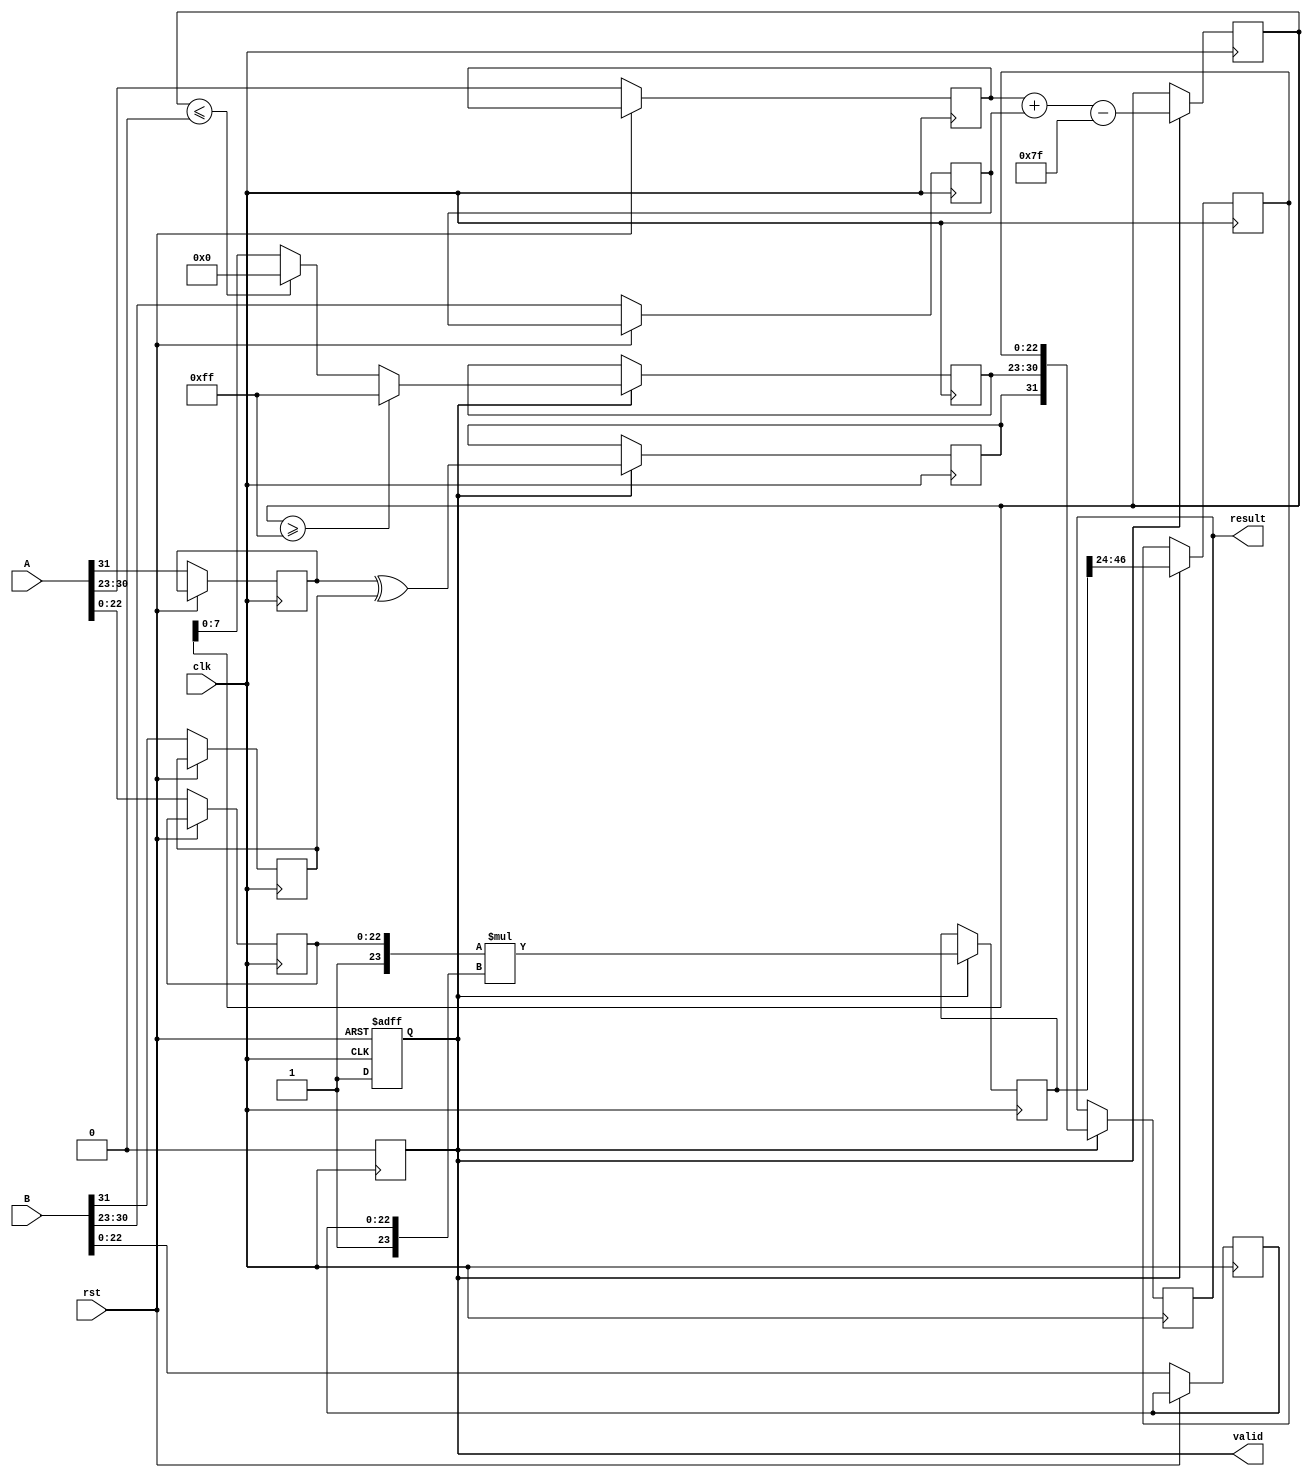
module FP_Multiplier (
    input wire clk,
    input wire rst,
    input wire [31:0] A, // IEEE 754 single-precision floating-point
    input wire [31:0] B, // IEEE 754 single-precision floating-point
    output reg [31:0] result, // IEEE 754 single-precision floating-point result
    output reg valid // Output valid signal
);

    // Pipeline registers
    reg sign_a, sign_b, sign_result;
    reg [7:0] exp_a, exp_b, exp_result;
    reg [22:0] mant_a, mant_b, mant_result;
    reg [47:0] mant_product;
    reg [8:0] exp_sum; // 9 bits to accommodate overflow

    // Constants
    localparam BIAS = 8'd127;
    localparam EXP_MAX = 8'd255;
    
    // Stage 1: Input Capture
    always @(posedge clk or posedge rst) begin
        if (rst) begin
            valid <= 0;
        end else begin
            sign_a <= A[31];
            sign_b <= B[31];
            exp_a <= A[30:23];
            exp_b <= B[30:23];
            mant_a <= A[22:0];
            mant_b <= B[22:0];
            valid <= 1; // Signal that inputs are valid
        end
    end

    // Stage 2: Sign Calculation
    always @(posedge clk) begin
        if (valid) begin
            sign_result <= sign_a ^ sign_b; // XOR for sign calculation
        end
    end

    // Stage 3: Exponent Calculation
    always @(posedge clk) begin
        if (valid) begin
            exp_sum <= exp_a + exp_b - BIAS; // Add exponents and subtract bias
            if (exp_sum >= EXP_MAX) begin
                exp_result <= EXP_MAX; // Overflow to infinity
            end else if (exp_sum <= 0) begin
                exp_result <= 0; // Underflow to zero
            end else begin
                exp_result <= exp_sum[7:0]; // Normal case
            end
        end
    end

    // Stage 4: Mantissa Calculation
    always @(posedge clk) begin
        if (valid) begin
            mant_product <= {1'b1, mant_a} * {1'b1, mant_b}; // Normalize mantissas
            // Shift the product as necessary
            mant_result <= mant_product[46:24]; // Take the upper 23 bits
        end
    end

    // Stage 5: Result Construction
    always @(posedge clk) begin
        if (valid) begin
            result <= {sign_result, exp_result, mant_result};
            // Valid signal indicates output is ready
            valid <= 0; // Reset valid signal for the next operation
        end
    end

endmodule